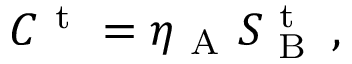
C ^ { \mathrm { ~ t ~ } } = \eta _ { \mathrm { ~ A ~ } } S _ { \mathrm { ~ B ~ } } ^ { \mathrm { ~ t ~ } } \, ,